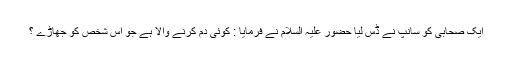
ایک صحابی کو سانپ نے ڈس لیا حضور علیہ السلام نے فرمایا : کوئی دم کرنے والا ہے جو اس شخص کو جھاڑے ؟